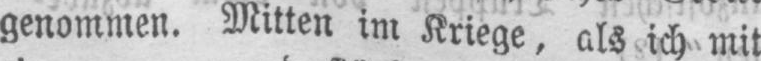
genommen. Mitten im Kriege, als ich mit